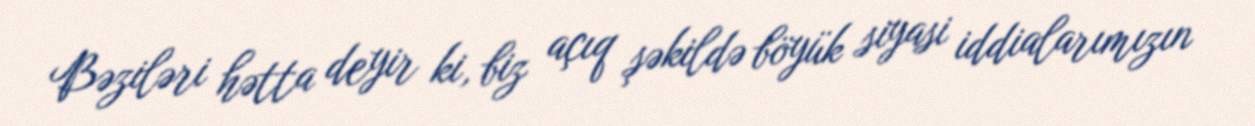
Bəziləri hətta deyir ki, biz açıq şəkildə böyük siyasi iddialarımızın